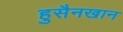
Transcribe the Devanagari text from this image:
हुसैनखान